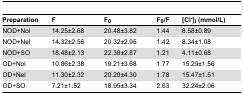
<table><thead><tr><td><b>Preparation</b></td><td><b>F</b></td><td><b>F<sub>0</sub></b></td><td><b>F<sub>0</sub>/F</b></td><td><b>[Cl<sup>-</sup>]<sub>i</sub> (mmol/L)</b></td></tr></thead><tbody><tr><td>NOD+Nol</td><td>14.25±2.68</td><td>20.48±3.82</td><td>1.44</td><td>8.58±0.89</td></tr><tr><td>NOD+Nel</td><td>14.32±2.56</td><td>20.32±2.95</td><td>1.42</td><td>8.34±1.08</td></tr><tr><td>NOD+SO</td><td>18.48±2.13</td><td>22.38±2.87</td><td>1.21</td><td>4.11±0.68</td></tr><tr><td>OD+Nol</td><td>10.86±2.38</td><td>19.21±3.68</td><td>1.77</td><td>15.29±1.56</td></tr><tr><td>OD+Nel</td><td>11.30±2.32</td><td>20.20±4.30</td><td>1.78</td><td>15.47±1.51</td></tr><tr><td>OD+SO</td><td>7.21±1.52</td><td>18.95±3.34</td><td>2.63</td><td>32.24±2.06</td></tr></tbody></table>